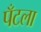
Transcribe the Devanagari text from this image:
पँटला